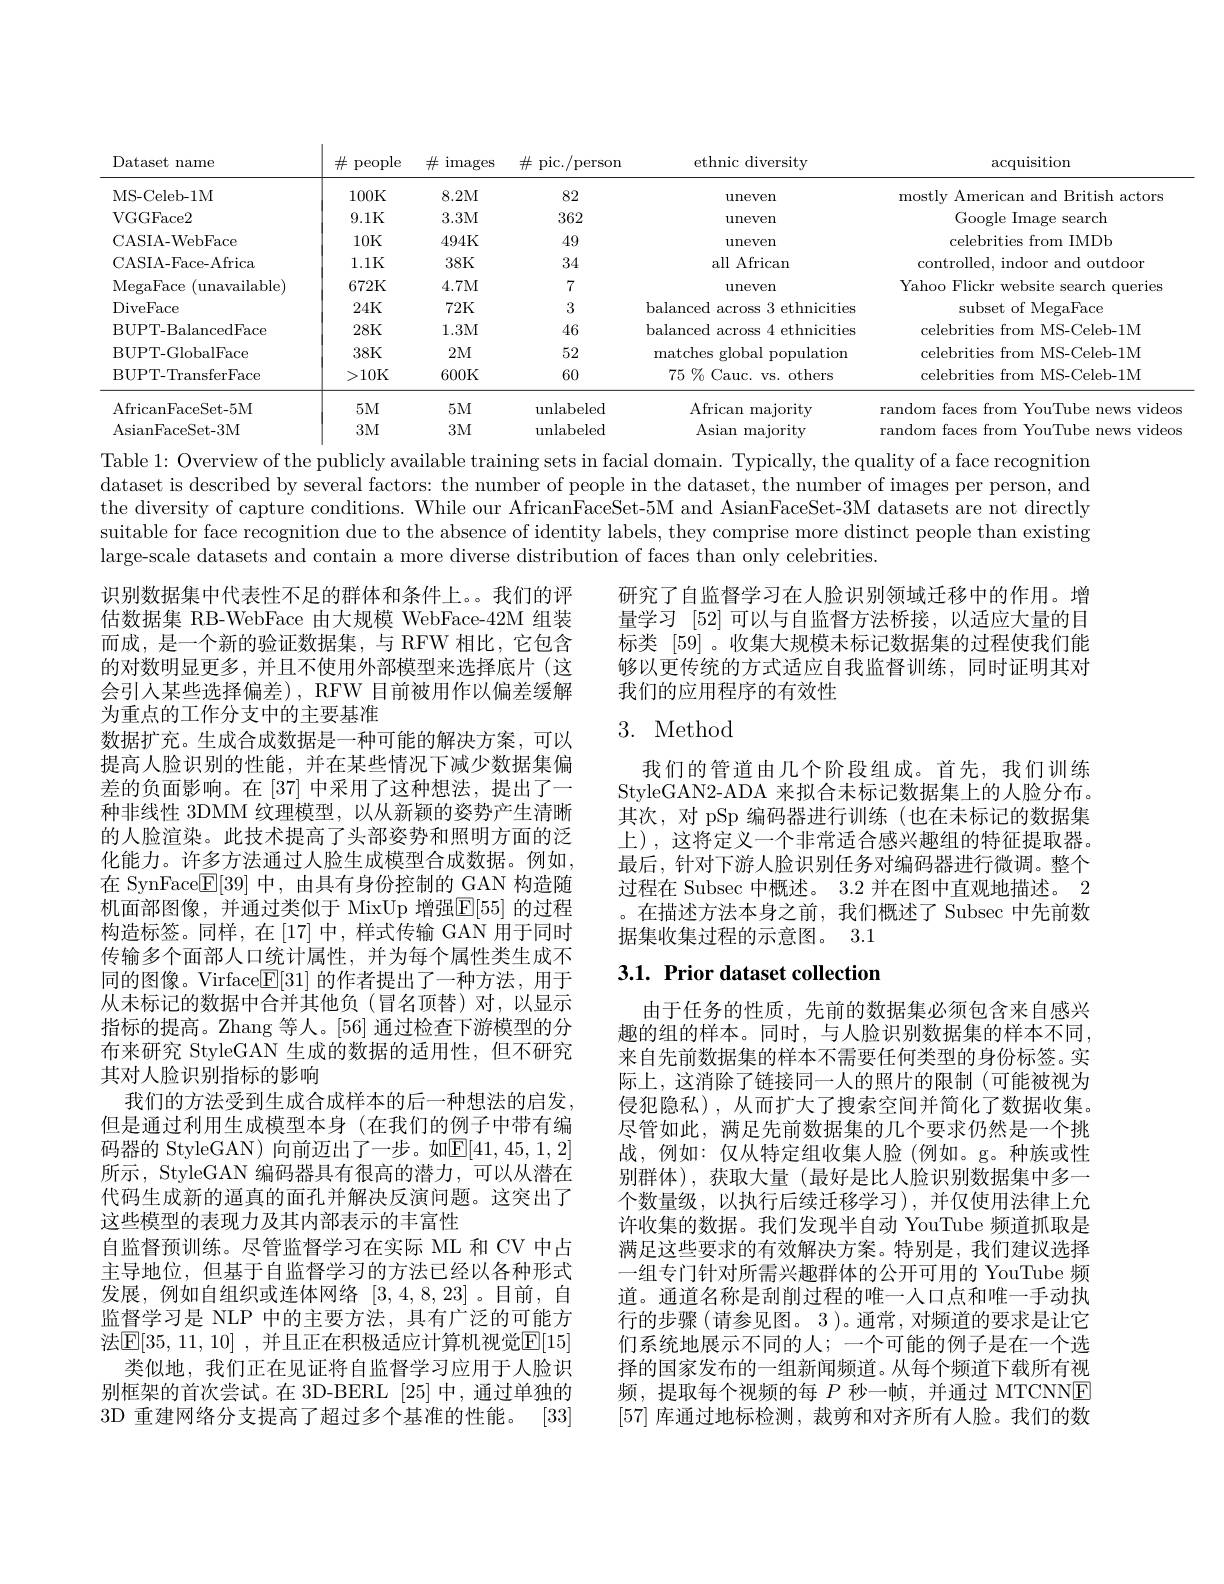
<table>
	<tbody>
		<tr>
			<th>Dataset name</th>
			<th>$\#$ people</th>
			<th>$\#$ images</th>
			<th>pic./person $\#$</th>
			<th>ethnic diversity</th>
			<th>$\operatorname{acquisition}$</th>
		</tr>
		<tr>
			<td>MS- Celeb- 1M</td>
			<td>100K</td>
			<td>8.2M</td>
			<td>82</td>
			<td>$\operatorname{uneven}$</td>
			<td>mostly American and British actors</td>
		</tr>
		<tr>
			<td>VGGFace2</td>
			<td>9.1K</td>
			<td>3.3M</td>
			<td>362</td>
			<td>uneven</td>
			<td>Google Image search</td>
		</tr>
		<tr>
			<td>CASIA-WebFace</td>
			<td>10K</td>
			<td>494K</td>
			<td>49</td>
			<td>$\operatorname{uneven}$</td>
			<td>celebrities from IMDb</td>
		</tr>
		<tr>
			<td>CASIA-Face-Africa</td>
			<td>1.1K</td>
			<td>38K</td>
			<td>34</td>
			<td>all African</td>
			<td>controlled, indoor and outdoor</td>
		</tr>
		<tr>
			<td>MegaFace ${\mathrm{unavailable}}$</td>
			<td>672K</td>
			<td>4.7M</td>
			<td>7</td>
			<td>$\operatorname{uneven}$</td>
			<td>Yahoo Flickr website search queries</td>
		</tr>
		<tr>
			<td>DiveFace</td>
			<td>24K</td>
			<td>72K</td>
			<td>3</td>
			<td rowspan="4">$115VC11$ balanced across 3 ethnicities balanced across 4 ethnicities matches global population $75\%$Cauc. vs. others</td>
			<td>subset of MegaFace</td>
		</tr>
		<tr>
			<td>BUPT-BalancedFace</td>
			<td>$28K$</td>
			<td>1.3M</td>
			<td>46</td>
			<td>celebrities from MS-Celeb-1M</td>
		</tr>
		<tr>
			<td>BUPT- GlobalFace</td>
			<td>$38K$</td>
			<td>2M</td>
			<td>52</td>
			<td>celebrities from MS-Celeb-1M</td>
		</tr>
		<tr>
			<td>BUPT- TransferFace</td>
			<td>>10K</td>
			<td>600K</td>
			<td>60</td>
			<td>celebrities from MS-Celeb-1M</td>
		</tr>
		<tr>
			<td>AfricanFaceSet- 5M</td>
			<td>$5M$</td>
			<td>5M</td>
			<td>unlabeled</td>
			<td>African majority</td>
			<td>random faces from YouTube news vido</td>
		</tr>
		<tr>
			<td>AsianFaceSet- 3M</td>
			<td>3M</td>
			<td>$3M$</td>
			<td>unlabeled</td>
			<td>Asian majority</td>
			<td> </td>
		</tr>
	</tbody>
</table>
Table 1: Overview of the publicly available training sets in facial domain. Typically, the quality of a face recognition

dataset is described by several factors: the number of people in the dataset, the number of images per person, and the diversity of capture conditions. While our AfricanFaceSet-5M and AsianFaceSet-3M datasets are not directly suitable for face recognition due to the absence of identity labels, they comprise more distinct people than existing large-scale datasets and contain a more diverse distribution of faces than only celebrities.

研究了自监督学习在人脸识别领域迁移中的作用。增量学习[52]可以与自监督方法桥接，以适应大量的目标类 [59] 。收集大规模未标记数据集的过程使我们能够以更传统的方式适应自我监督训练，同时证明其对我们的应用程序的有效性

## 3. Method

我们的管道由几个阶段组成。首先，我们训练StyleGAN2-ADA 来拟合未标记数据集上的人脸分布。其次，对 pSp 编码器进行训练(也在未标记的数据集上),这将定义一个非常适合感兴趣组的特征提取器。最后，针对下游人脸识别任务对编码器进行微调。整个过程在 Subsec 中概述。3.2 并在图中直观地描述。2 。在描述方法本身之前，我们概述了 Subsec 中先前数据集收集过程的示意图。3.1

# 3.1. Prior dataset collection

识别数据集中代表性不足的群体和条件上。。我们的评估数据集 RB-WebFace 由大规模 WebFace-42M 组装而成，是一个新的验证数据集，与 RFW 相比，它包含的对数明显更多，并且不使用外部模型来选择底片(这会引人某些选择偏差), RFW 目前被用作以偏差缓解为重点的工作分支中的主要基准
数据扩充。生成合成数据是一种可能的解决方案，可以提高人脸识别的性能，并在某些情况下减少数据集偏差的负面影响。在[37] 中采用了这种想法，提出了一种非线性 3DMM 纹理模型，以从新颖的姿势产生清晰的人脸渲染。此技术提高了头部姿势和照明方面的泛化能力。许多方法通过人脸生成模型合成数据。例如， 在 SynFace$\mathbb{E}[39]$中，由具有身份控制的 GAN 构造随机面部图像，并通过类似于 MixUp 增强$\mathbb{E}[55]$ 的过程构造标签。同样，在[17]中，样式传输 GAN 用于同时传输多个面部人口统计属性，并为每个属性类生成不同的图像。Virface$\boxed{\mathrm{F}}[31]$的作者提出了一种方法，用于从未标记的数据中合并其他负(冒名顶替)对，以显示指标的提高。Zhang 等人。[56] 通过检查下游模型的分布来研究 StyleGAN 生成的数据的适用性，但不研究其对人脸识别指标的影响
我们的方法受到生成合成样本的后一种想法的启发， 但是通过利用生成模型本身 (在我们的例子中带有编码器的 StyleGAN) 向前迈出了一步。如$\mathbb{E}[41,45,1,2]$ 所示，StyleGAN 编码器具有很高的潜力，可以从潜在代码生成新的逼真的面孔并解决反演问题。这突出了这些模型的表现力及其内部表示的丰富性
自监督预训练。尽管监督学习在实际 ML 和 CV 中占主导地位，但基于自监督学习的方法已经以各种形式发展，例如自组织或连体网络[3,4,8,23] 。目前，自监督学习是 NLP 中的主要方法，具有广泛的可能方法$\mathbb{E}[35,11,10]$ ,并且正在积极适应计算机视觉$\mathbb{E}[15]$
类似地，我们正在见证将自监督学习应用于人脸识别框架的首次尝试。在 3D-BERL [25] 中，通过单独的3D 重建网络分支提高了超过多个基准的性能。[33]

由于任务的性质，先前的数据集必须包含来自感兴趣的组的样本。同时，与人脸识别数据集的样本不同， 来自先前数据集的样本不需要任何类型的身份标签。实际上，这消除了链接同一人的照片的限制(可能被视为侵犯隐私),从而扩大了搜索空间并简化了数据收集。尽管如此，满足先前数据集的几个要求仍然是一个挑战，例如：仅从特定组收集人脸(例如。g。种族或性别群体),获取大量(最好是比人脸识别数据集中多一个数量级，以执行后续迁移学习),并仅使用法律上允许收集的数据。我们发现半自动 YouTube 频道抓取是满足这些要求的有效解决方案。特别是，我们建议选择一组专门针对所需兴趣群体的公开可用的 YouTube 频道。通道名称是刮削过程的唯一人口点和唯一手动执行的步骤(请参见图。3)。通常，对频道的要求是让它们系统地展示不同的人；一个可能的例子是在一个选择的国家发布的一组新闻频道。从每个频道下载所有视频，提取每个视频的每$P$秒一帧，并通过 MTCNNE [57]库通过地标检测，裁剪和对齐所有人脸。我们的数